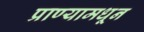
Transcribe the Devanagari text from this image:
प्राण्यामधून